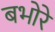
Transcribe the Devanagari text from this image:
बभोरे